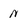
Character: N